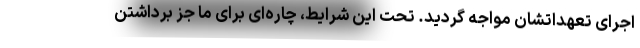
اجرای تعهداتشان مواجه گردید. تحت این شرایط، چاره‌ای برای ما جز برداشتن